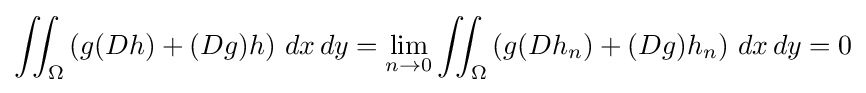
\iint _{\Omega }\left(g(Dh)+(Dg)h\right)\,dx\,dy=\lim _{n\to 0}\iint _{\Omega }\left(g(Dh_{n})+(Dg)h_{n}\right)\,dx\,dy=0